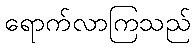
ရောက်လာကြသည်